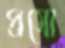
প্রসো